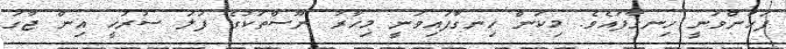
ފަހުންވަނީ ހިނގާފައެވެ. މިކަން ހިނގާފައިވަނީ މިހާރު ނޫސްތަކުގެ ފަލަ ސުރުޚީ އިން ޖާގަ